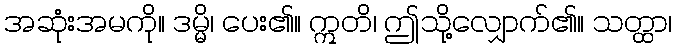
အဆုံးအမကို။ ဒမ္မိ၊ ပေး၏။ ဣတိ၊ ဤသို့လျှောက်၏။ သတ္ထာ၊